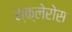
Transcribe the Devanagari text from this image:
स्क्लेरोस